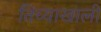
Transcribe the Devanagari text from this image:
तिच्याखाली